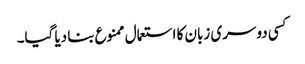
کسی دوسری زبان کا استعمال ممنوع بنا دیا گیا۔